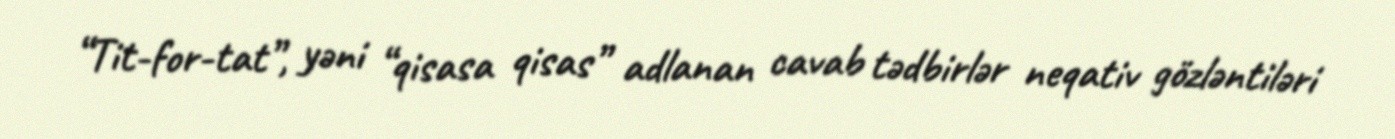
“Tit-for-tat”, yəni “qisasa qisas” adlanan cavab tədbirlər neqativ gözləntiləri